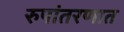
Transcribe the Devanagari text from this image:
रुपांतरणात